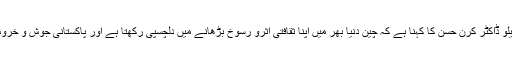
انسٹی ٹیوٹ آف کامن ویلتھ سٹیڈیز کی فیلو ڈاکٹر کرن حسن کا کہنا ہے کہ چین دنیا بھر میں اپنا ثقافتی اثرو رسوخ بڑھانے میں دلچسپی رکھتا ہے اور پاکستانی جوش و خروش سے اسے خوش آمدید کہہ رہے ہیں۔